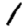
Digit: 1